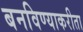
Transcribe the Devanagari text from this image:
बनविण्याकरीता